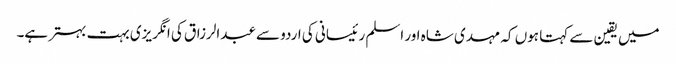
میں یقین سے کہتا ہوں کہ مہدی شاہ اور اسلم رئیسانی کی اردو سے عبدالرزاق کی انگریزی بہت بہتر ہے۔